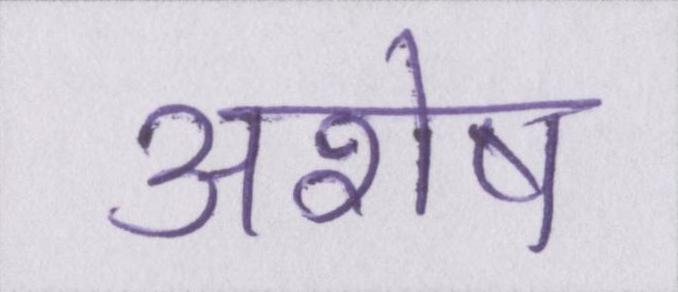
अशेष